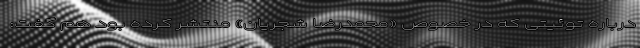
درباره توئیتی که در خصوص «محمدرضا شجریان» منتشر کرده بود هم گفت: